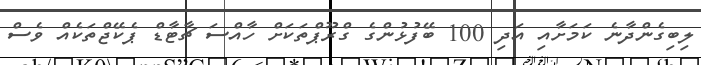
ލިބިގެންދާނެ ކަމަށާއި އަދި 100 ބޭފުޅުންގެ ގްރޫޕްތަކަށް ހާއްސަ ޗާޓާޑް ޕެކޭޖްތަކެއް ވެސް